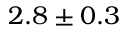
2 . 8 \pm 0 . 3